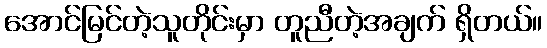
အောင်မြင်တဲ့သူတိုင်းမှာ တူညီတဲ့အချက် ရှိတယ်။